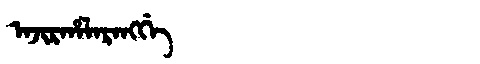
Manchu: ᠠᠵᡳᡵᡥᠠᠯᠠᡵᠠᠩᡤᡝ
Romanization: AJIRHALARANGGE